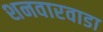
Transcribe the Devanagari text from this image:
शनवारवाडा